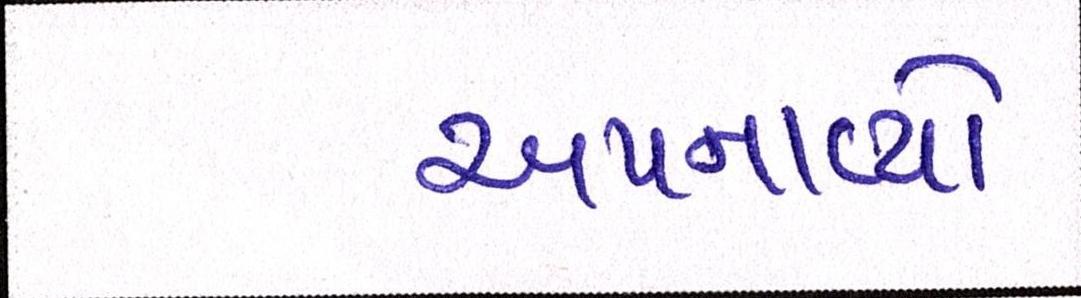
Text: અપનાવ્યો